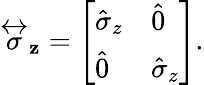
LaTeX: \stackrel{\leftrightarrow}{\sigma}_{\mathbf{z}}=\left[\begin{array}{ll}{\hat{\sigma}_{z}}&{\hat{0}}\\ {\hat{0}}&{\hat{\sigma}_{z}}\end{array}\right].